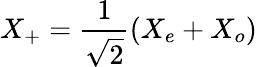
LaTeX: X_{+}=\frac{1}{\sqrt{2}}\left(X_{e}+X_{o}\right)